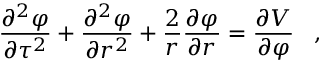
\frac { { \partial } ^ { 2 } { \varphi } } { { \partial } { \tau ^ { 2 } } } + \frac { { \partial } ^ { 2 } { \varphi } } { { \partial } r ^ { 2 } } + \frac { 2 } { r } \frac { { \partial } { \varphi } } { { \partial } r } = \frac { { \partial } V } { { \partial } { \varphi } } \; \; \; ,